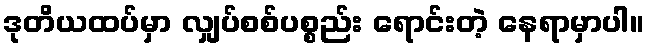
ဒုတိယထပ်မှာ လျှပ်စစ်ပစ္စည်း ရောင်းတဲ့ နေရာမှာပါ။